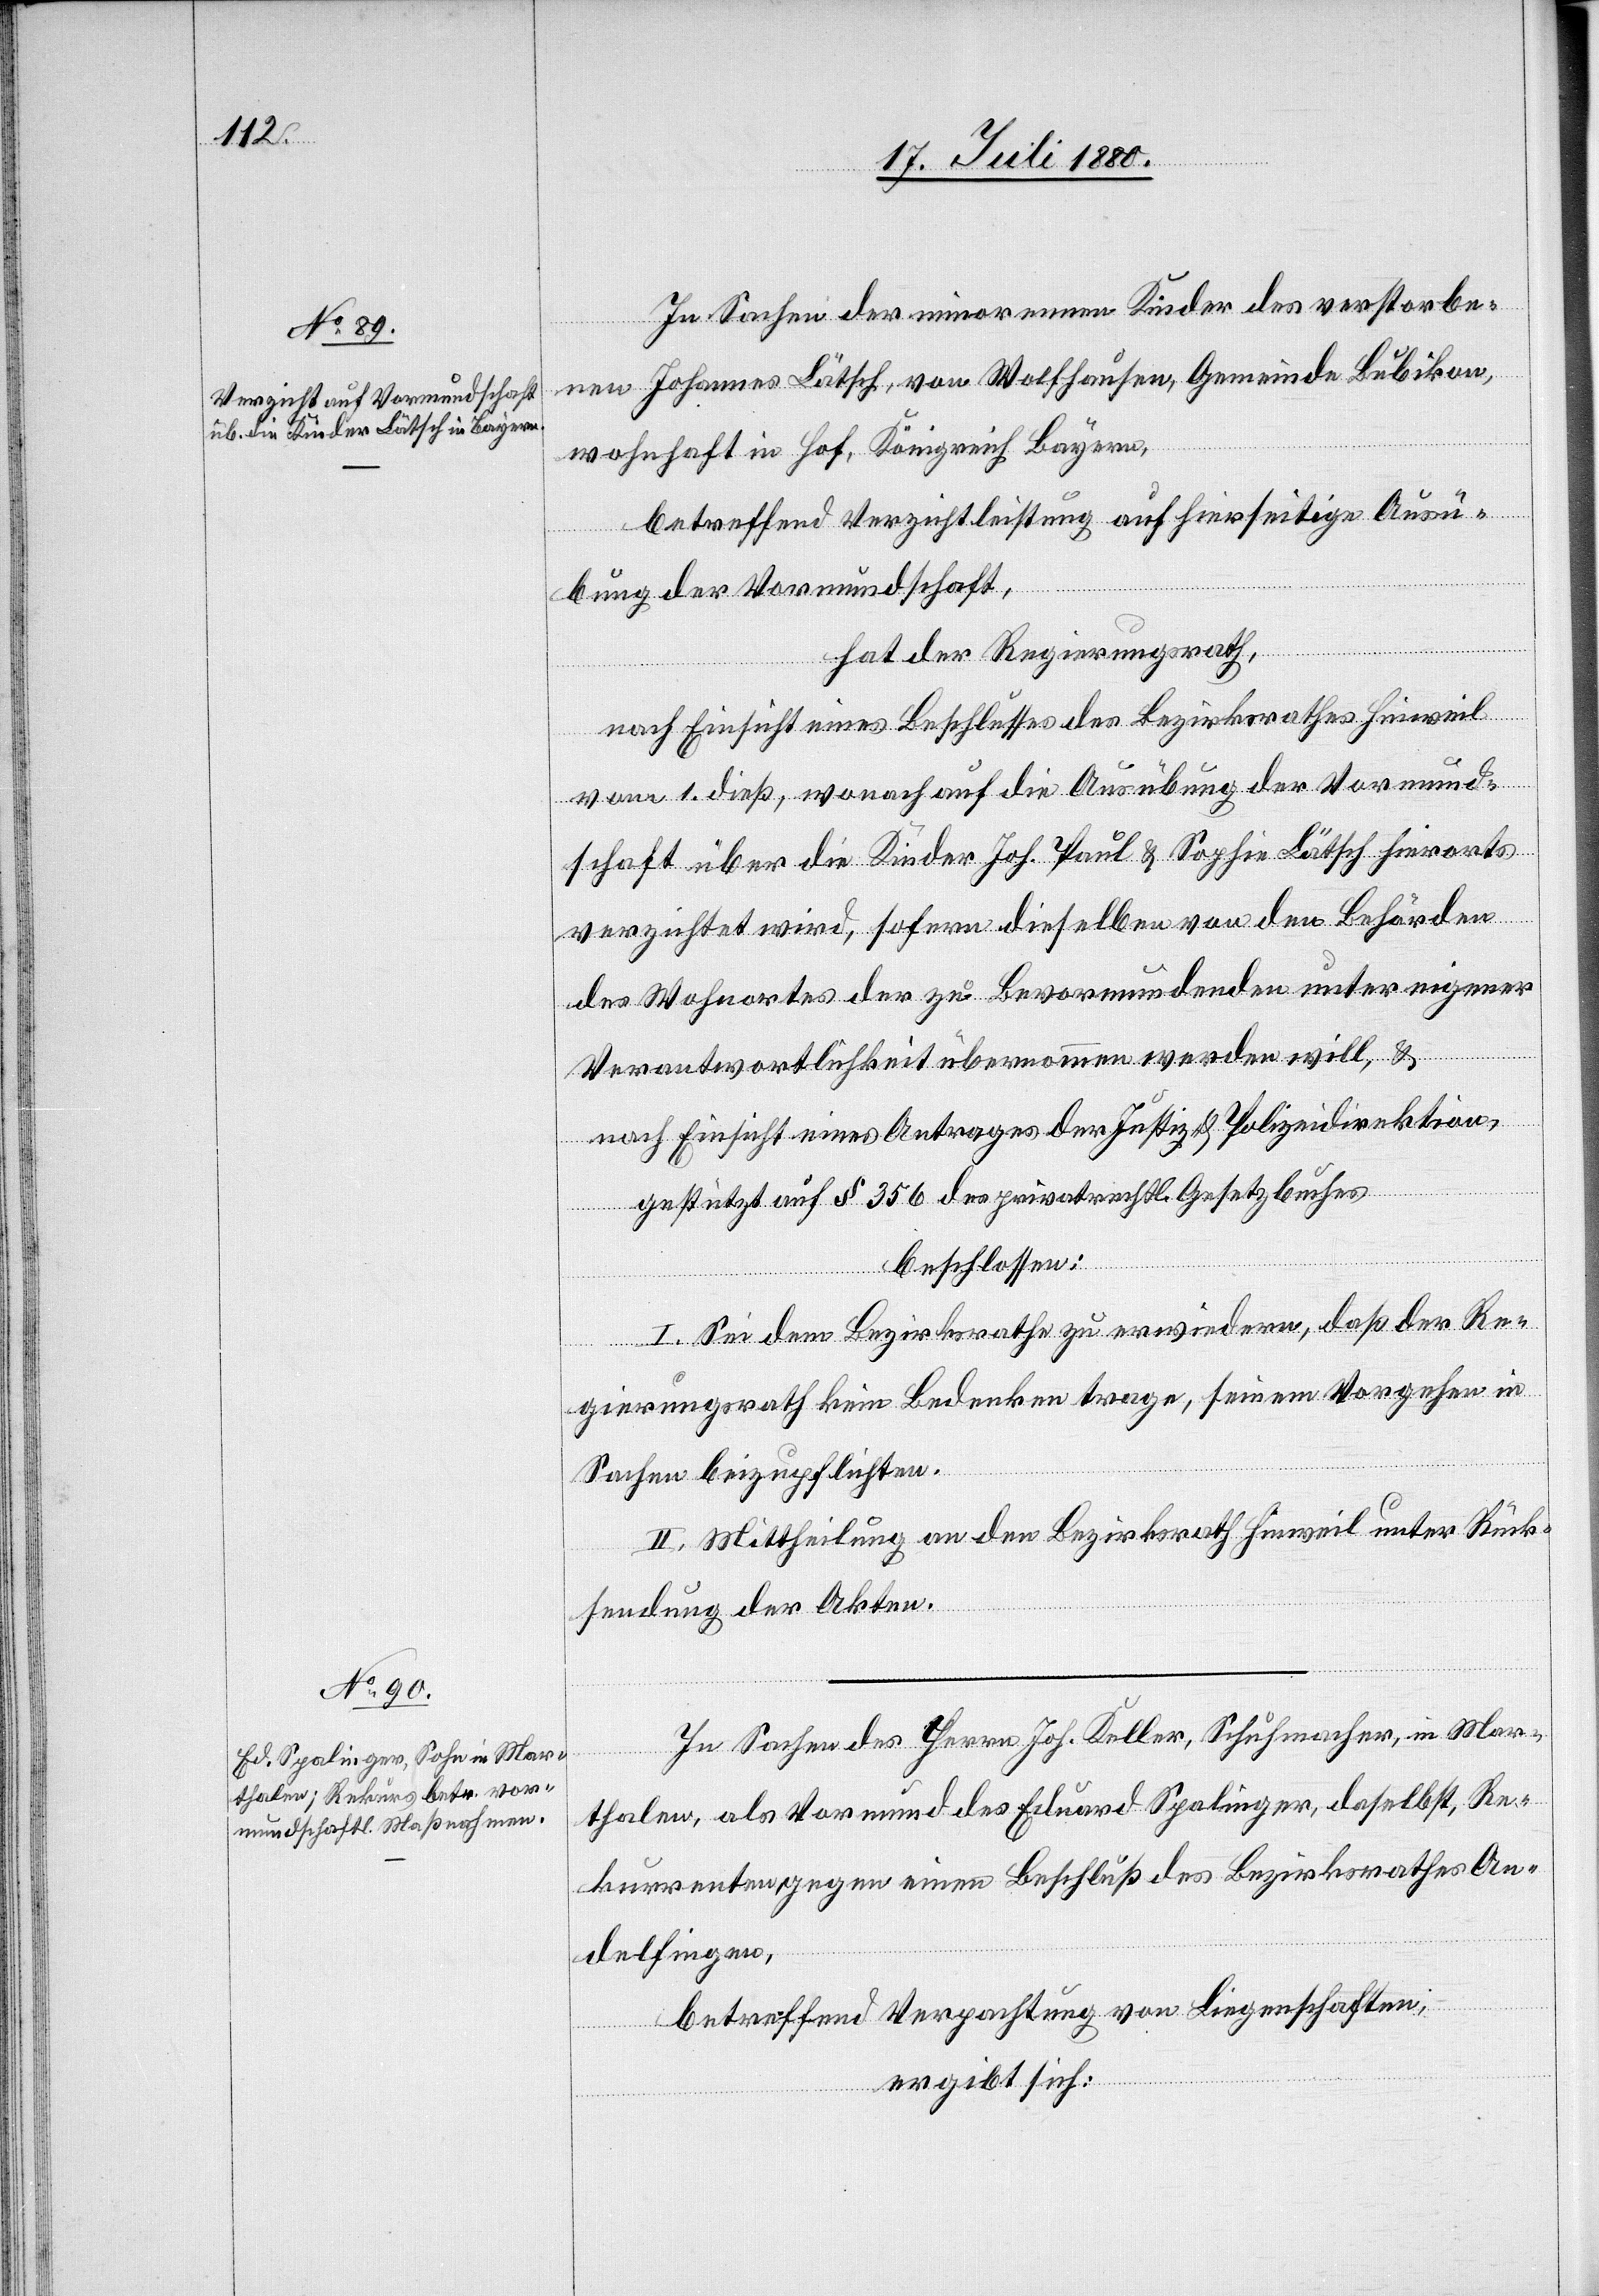
In Sachen der minorennen Kinder des verstorbe¬
nen Johannes Lätsch, von Wolfhausen, Gemeinde Bubikon,
wohnhaft in Hof, Königreich Bayern,
betreffend Verzichtleistung auf hierseitige Ausü¬
bung der Vormundschaft,
hat der Regierungsrath,
nach Einsicht eines Beschlusses des Bezirksrathes Hinweil
vom 1. dieß, wonach auf die Ausübung der Vormund¬
schaft über die Kinder Joh. Paul & Sophie Lätsch hierorts
verzichtet wird, sofern dieselben von den Behörden
des Wohnortes der zu Bevormundenden unter eigener
Verantwortlichkeit übernommen werden will, &
nach Einsicht eines Antrages der Justiz- & Polizeidirektion
gestützt auf § 356 des privatrechtl. Gesetzbuches
beschlossen:
I. Sei dem Bezirksrathe zu erwiedern, daß der Re¬
gierungsrath kein Bedenken trage, seinem Vorgehen in
Sachen beizupflichten.
II. Mittheilung an den Bezirksrath Hinweil unter Rück¬
sendung der Akten.
In Sachen des Herrn Joh. Keller, Schuhmacher, in Mar¬
thalen, als Vormund des Eduard Spalinger, daselbst, Re¬
kurrenten, gegen einen Beschluß des Bezirksrathes An¬
delfingen,
betreffend Verpachtung von Liegenschaften,
ergibt sich: